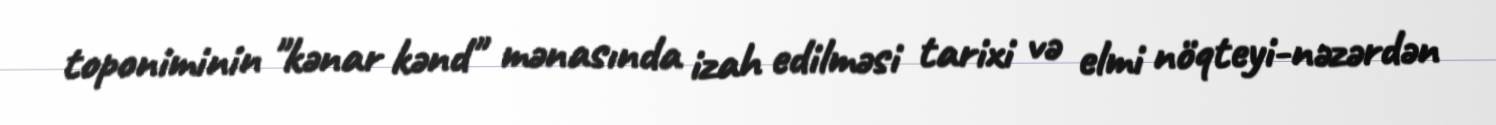
toponiminin "kənar kənd" mənasında izah edilməsi tarixi və elmi nöqteyi-nəzərdən